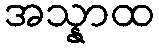
အသ္နာထ